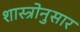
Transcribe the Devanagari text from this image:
शास्त्रोनुसार